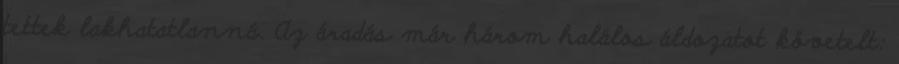
tettek lakhatatlanná. Az áradás már három halálos áldozatot követelt: